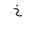
Letter: _kha